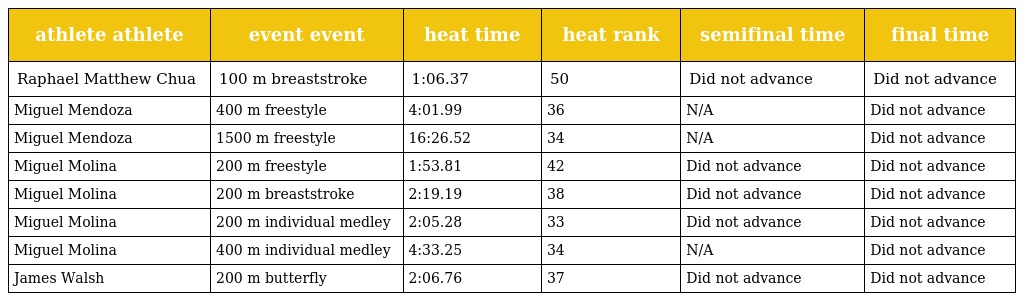
| athlete athlete | event event | heat time | heat rank | semifinal time | final time |
 | --- | --- | --- | --- | --- | --- |
 | Raphael Matthew Chua | 100 m breaststroke | 1:06.37 | 50 | Did not advance | Did not advance |
 | Miguel Mendoza | 400 m freestyle | 4:01.99 | 36 | N/A | Did not advance |
 | Miguel Mendoza | 1500 m freestyle | 16:26.52 | 34 | N/A | Did not advance |
 | Miguel Molina | 200 m freestyle | 1:53.81 | 42 | Did not advance | Did not advance |
 | Miguel Molina | 200 m breaststroke | 2:19.19 | 38 | Did not advance | Did not advance |
 | Miguel Molina | 200 m individual medley | 2:05.28 | 33 | Did not advance | Did not advance |
 | Miguel Molina | 400 m individual medley | 4:33.25 | 34 | N/A | Did not advance |
 | James Walsh | 200 m butterfly | 2:06.76 | 37 | Did not advance | Did not advance |